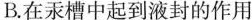
B在汞中起到液封的作用